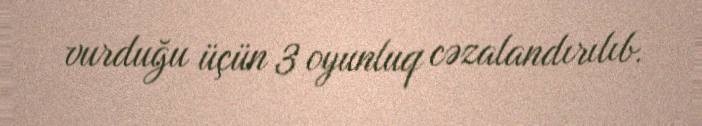
vurduğu üçün 3 oyunluq cəzalandırılıb.